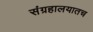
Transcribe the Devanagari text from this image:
संग्रहालयातच